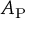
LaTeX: A _ { \mathrm { P } }